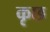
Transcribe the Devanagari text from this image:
कृछ